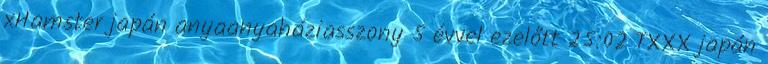
xHamster japán anyaanyaháziasszony 5 évvel ezelőtt 25:02 TXXX japán